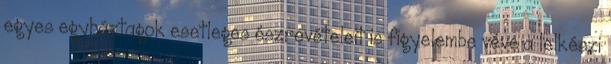
egyes egyháztagok esetleges észrevételeit is figyelembe véve a lelkészi